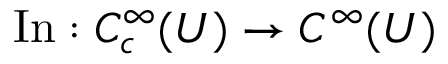
\operatorname { I n } : C _ { c } ^ { \infty } ( U ) \to C ^ { \infty } ( U )